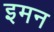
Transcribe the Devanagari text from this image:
इमन